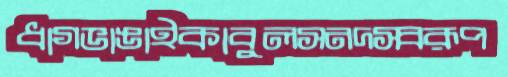
ধাগভাঙাইকাবুলসনদস্বরূপ